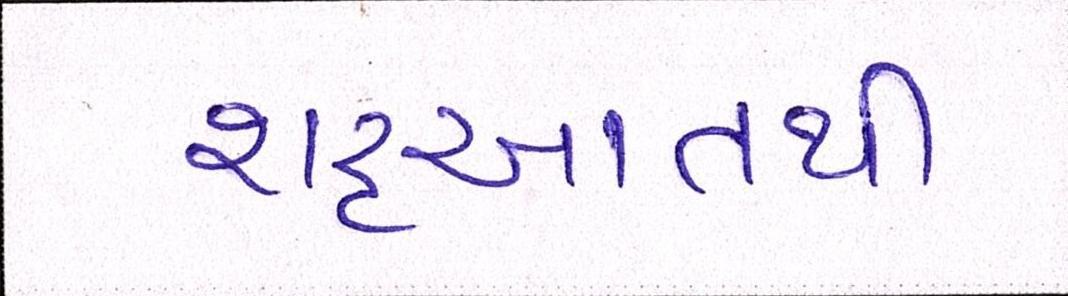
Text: શરૃઆતથી